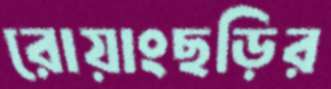
রোয়াংছড়ির